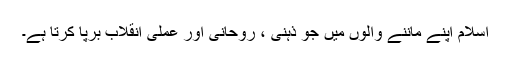
اسلام اپنے ماننے والوں میں جو ذہنی ، روحانی اور عملی انقلاب برپا کرتا ہے۔